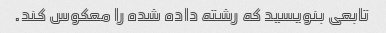
تابعی بنویسید که رشته داده شده را معکوس کند.